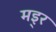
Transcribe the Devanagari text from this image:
मइ्र